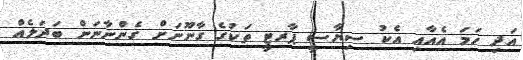
އަދި ހަމަ އެއާއި އެކު ސިޔާސީ ޕާރޓީ ތަކުގެ ގާނޫނަށް ގެންނާނަން ބަދަލެއް